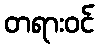
တရားဝင်